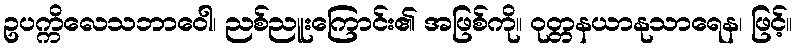
ဥပက္ကိလေသဘာဝေါ၊ ညစ်ညူးကြောင်း၏ အဖြစ်ကို။ ဝုတ္တနယာနုသာရေန၊ ဖြင့်။